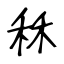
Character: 秝